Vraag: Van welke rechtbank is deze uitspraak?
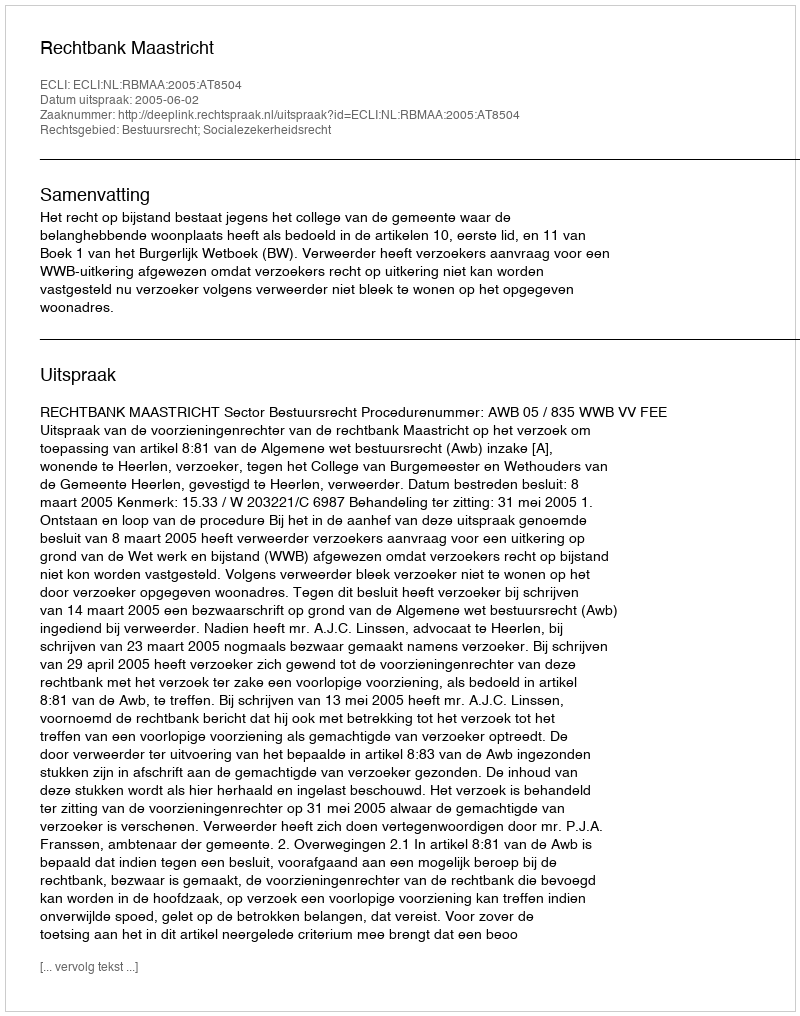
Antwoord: Rechtbank Maastricht